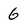
Character: 6